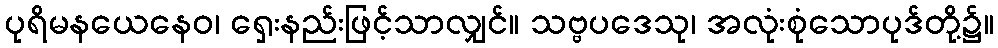
ပုရိမနယေနေဝ၊ ရှေးနည်းဖြင့်သာလျှင်။ သဗ္ဗပဒေသု၊ အလုံးစုံသောပုဒ်တို့၌။